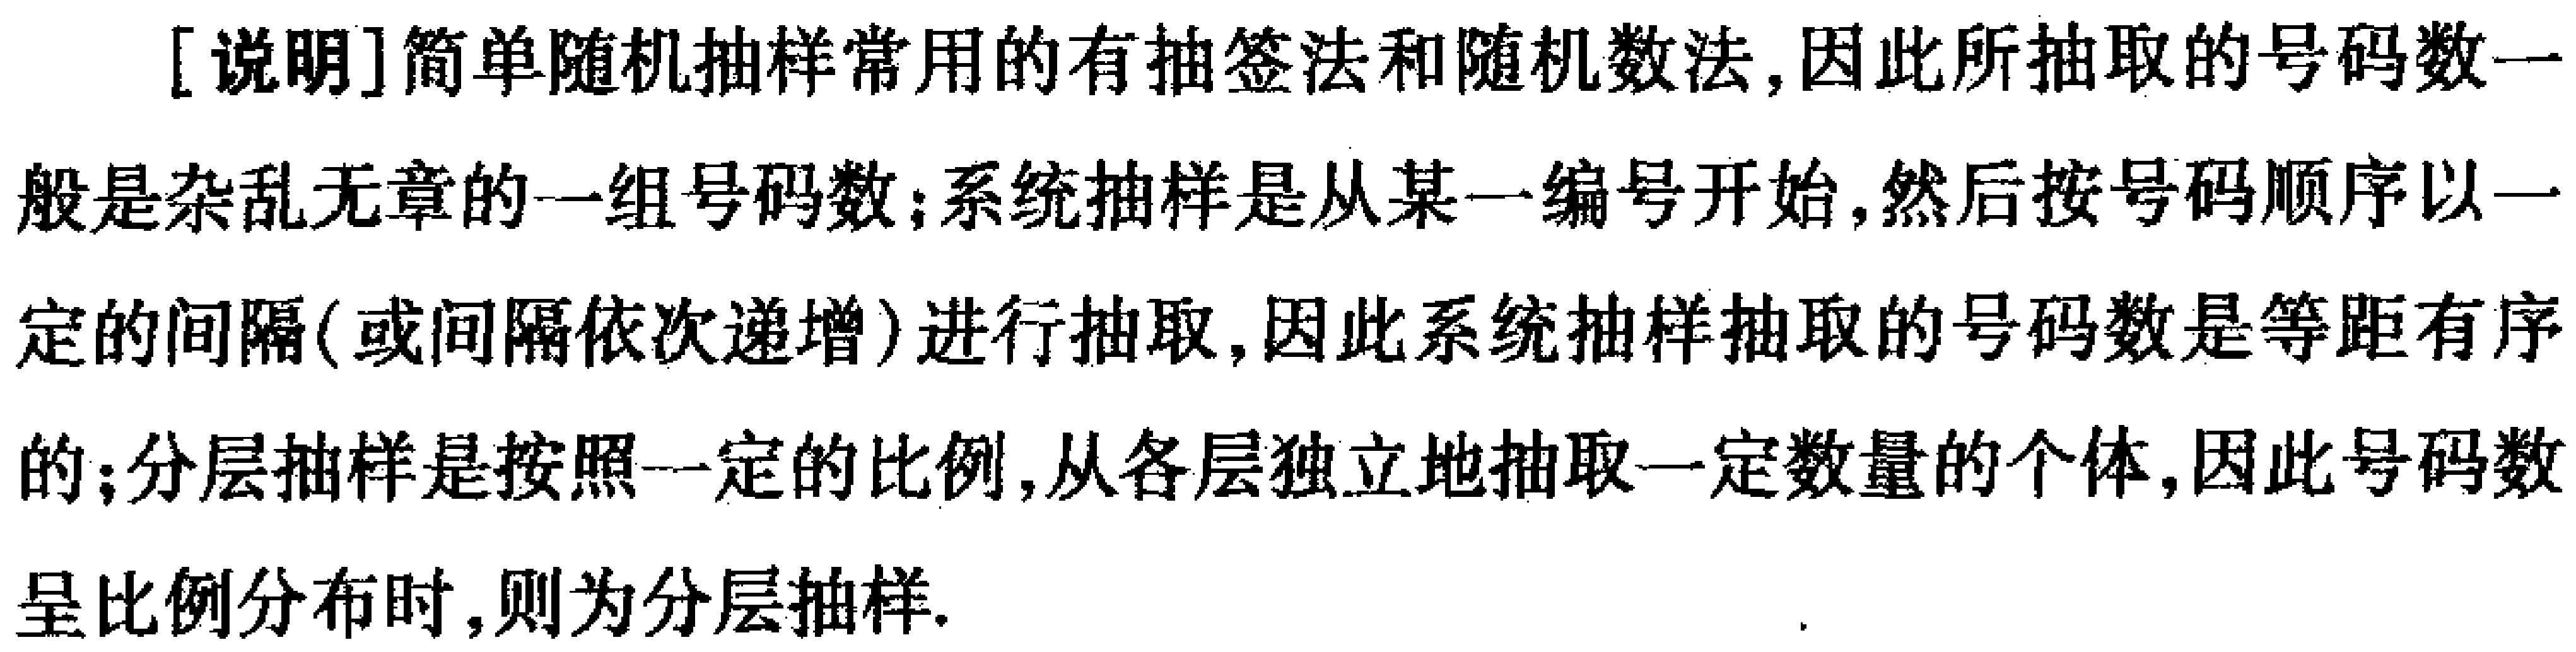
[说明]简单随机抽样常用的有抽签法和随机数法,因此所抽取的号码数一般是杂乱无章的一组号码数;系统抽样是从某一编号开始,然后按号码顺序以一定的间隔(或间隔依次递增)进行抽取,因此系统抽样抽取的号码数是等距有序的;分层抽样是按照一定的比例,从各层独立地抽取一定数量的个体,因此号码数呈比例分布时,则为分层抽样.